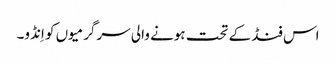
اس فنڈ کے تحت ہونے والی سرگرمیوں کو اِنڈو۔